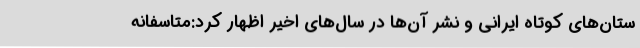
ستان‌های کوتاه ایرانی و نشر آن‌ها در سال‌های اخیر اظهار کرد:متاسفانه